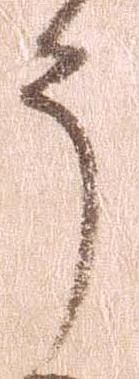
う